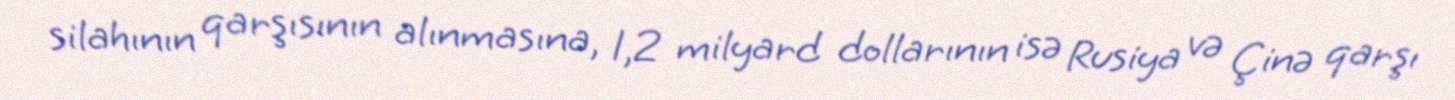
silahının qarşısının alınmasına, 1,2 milyard dollarının isə Rusiya və Çinə qarşı